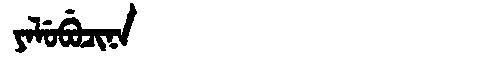
Manchu: ᠶᠠᠯᡠᠪᡠᠴᡳᠨᠠ
Romanization: YALUBUCINA